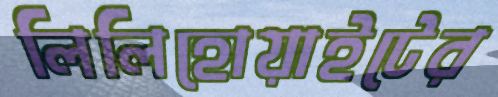
লিলিহোয়াইটের